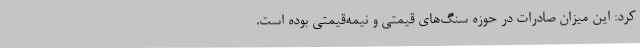
کرد: این میزان صادرات در حوزه سنگ‌های قیمتی و نیمه‌قیمتی بوده است.